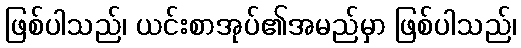
ဖြစ်ပါသည်၊ ယင်းစာအုပ်၏အမည်မှာ ဖြစ်ပါသည်၊